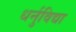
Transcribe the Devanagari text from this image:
धर्नुविद्या